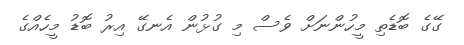
ގޭގެ ބޮޑެތި މީހުންނަށް ވެސް މި ގުޅުން އެނގޭ އިރު ބޮޑު މީހެއްގެ